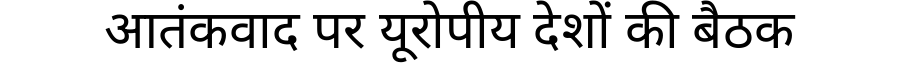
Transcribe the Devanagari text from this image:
आतंकवाद पर यूरोपीय देशों की बैठक